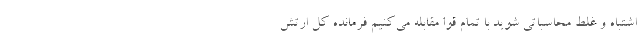
اشتباه و غلط محاسباتی شوید با تمام قوا مقابله می‌کنیم فرمانده کل ارتش